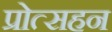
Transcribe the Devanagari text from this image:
प्रोत्सहन